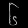
Digit: ၆